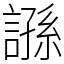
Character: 𧪾